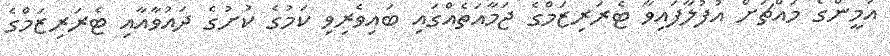
އަމީންގެ މައްޗަށް އުފުލާފައިވާ ޓެރަރިޒަމްގެ ޖަމާއަތެއްގައި ބައިވެރިވި ކަމުގެ ކުށުގެ ދައުވާއާއި ޓެރަރިޒަމްގެ